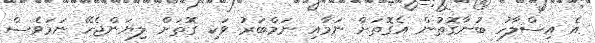
އެ އިސްލާހު ބުނާގޮތުން އެގޮތަށް ނަމާއި ނަމްބަރު ވަކި ގޮތަށް ލިޔަންޖެހޭ ނަމަވެސް